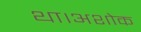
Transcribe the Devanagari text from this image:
था।अशोक